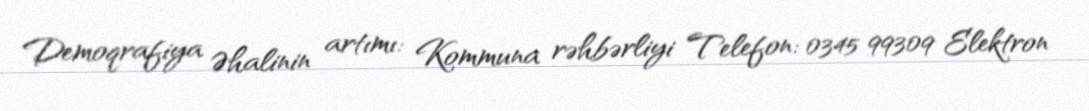
Demoqrafiya Əhalinin artımı: Kommuna rəhbərliyi Telefon: 0345 99309 Elektron